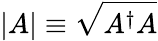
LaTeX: |A|\equiv{\sqrt{A^{\dagger}A}}